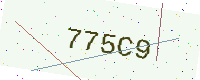
Text: 775C9